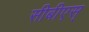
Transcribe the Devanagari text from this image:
सीबीएस्